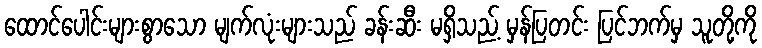
ထောင်ပေါင်းများစွာသော မျက်လုံးများသည် ခန်းဆီး မရှိသည့် မှန်ပြတင်း ပြင်ဘက်မှ သူတို့ကို